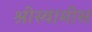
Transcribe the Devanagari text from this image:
श्रीस्वामींस